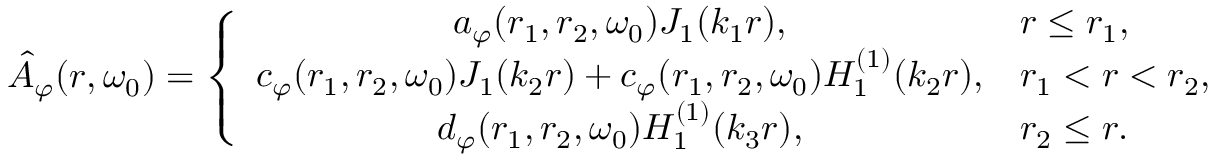
\hat { A } _ { \varphi } ( r , \omega _ { 0 } ) = \left\{ \begin{array} { c l } { a _ { \varphi } ( r _ { 1 } , r _ { 2 } , \omega _ { 0 } ) J _ { 1 } ( k _ { 1 } r ) , } & { r \leq r _ { 1 } , } \\ { c _ { \varphi } ( r _ { 1 } , r _ { 2 } , \omega _ { 0 } ) J _ { 1 } ( k _ { 2 } r ) + c _ { \varphi } ( r _ { 1 } , r _ { 2 } , \omega _ { 0 } ) H _ { 1 } ^ { ( 1 ) } ( k _ { 2 } r ) , } & { r _ { 1 } < r < r _ { 2 } , } \\ { d _ { \varphi } ( r _ { 1 } , r _ { 2 } , \omega _ { 0 } ) H _ { 1 } ^ { ( 1 ) } ( k _ { 3 } r ) , } & { r _ { 2 } \le r . } \end{array} \right.